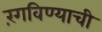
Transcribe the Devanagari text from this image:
रंगविण्याची